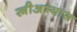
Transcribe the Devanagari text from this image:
स्त्रीअभ्यास